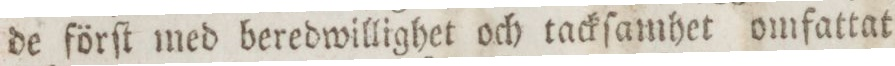
de förſt med beredwillighet och tackſamhet omfattat